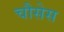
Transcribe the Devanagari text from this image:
चौसेस